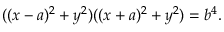
( ( x - a ) ^ { 2 } + y ^ { 2 } ) ( ( x + a ) ^ { 2 } + y ^ { 2 } ) = b ^ { 4 } .